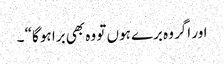
اور اگر وہ برے ہوں تو وہ بھی برا ہو گا“ ۔